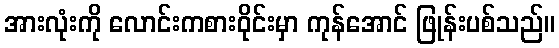
အားလုံးကို လောင်းကစားဝိုင်းမှာ ကုန်အောင် ဖြုန်းပစ်သည်။